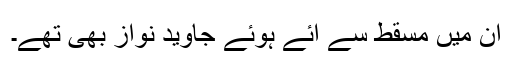
ان میں مسقط سے آئے ہوئے جاوید نواز بھی تھے۔